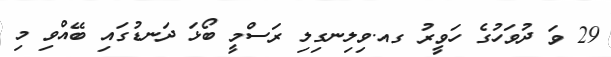
29 ވަަ ދުވަހުގެ ހަވީރު ގއ.ވިލިނގިލި ރަސްމީ ބޯޅަ ދަނޑުގައި ބޭއްވި މި